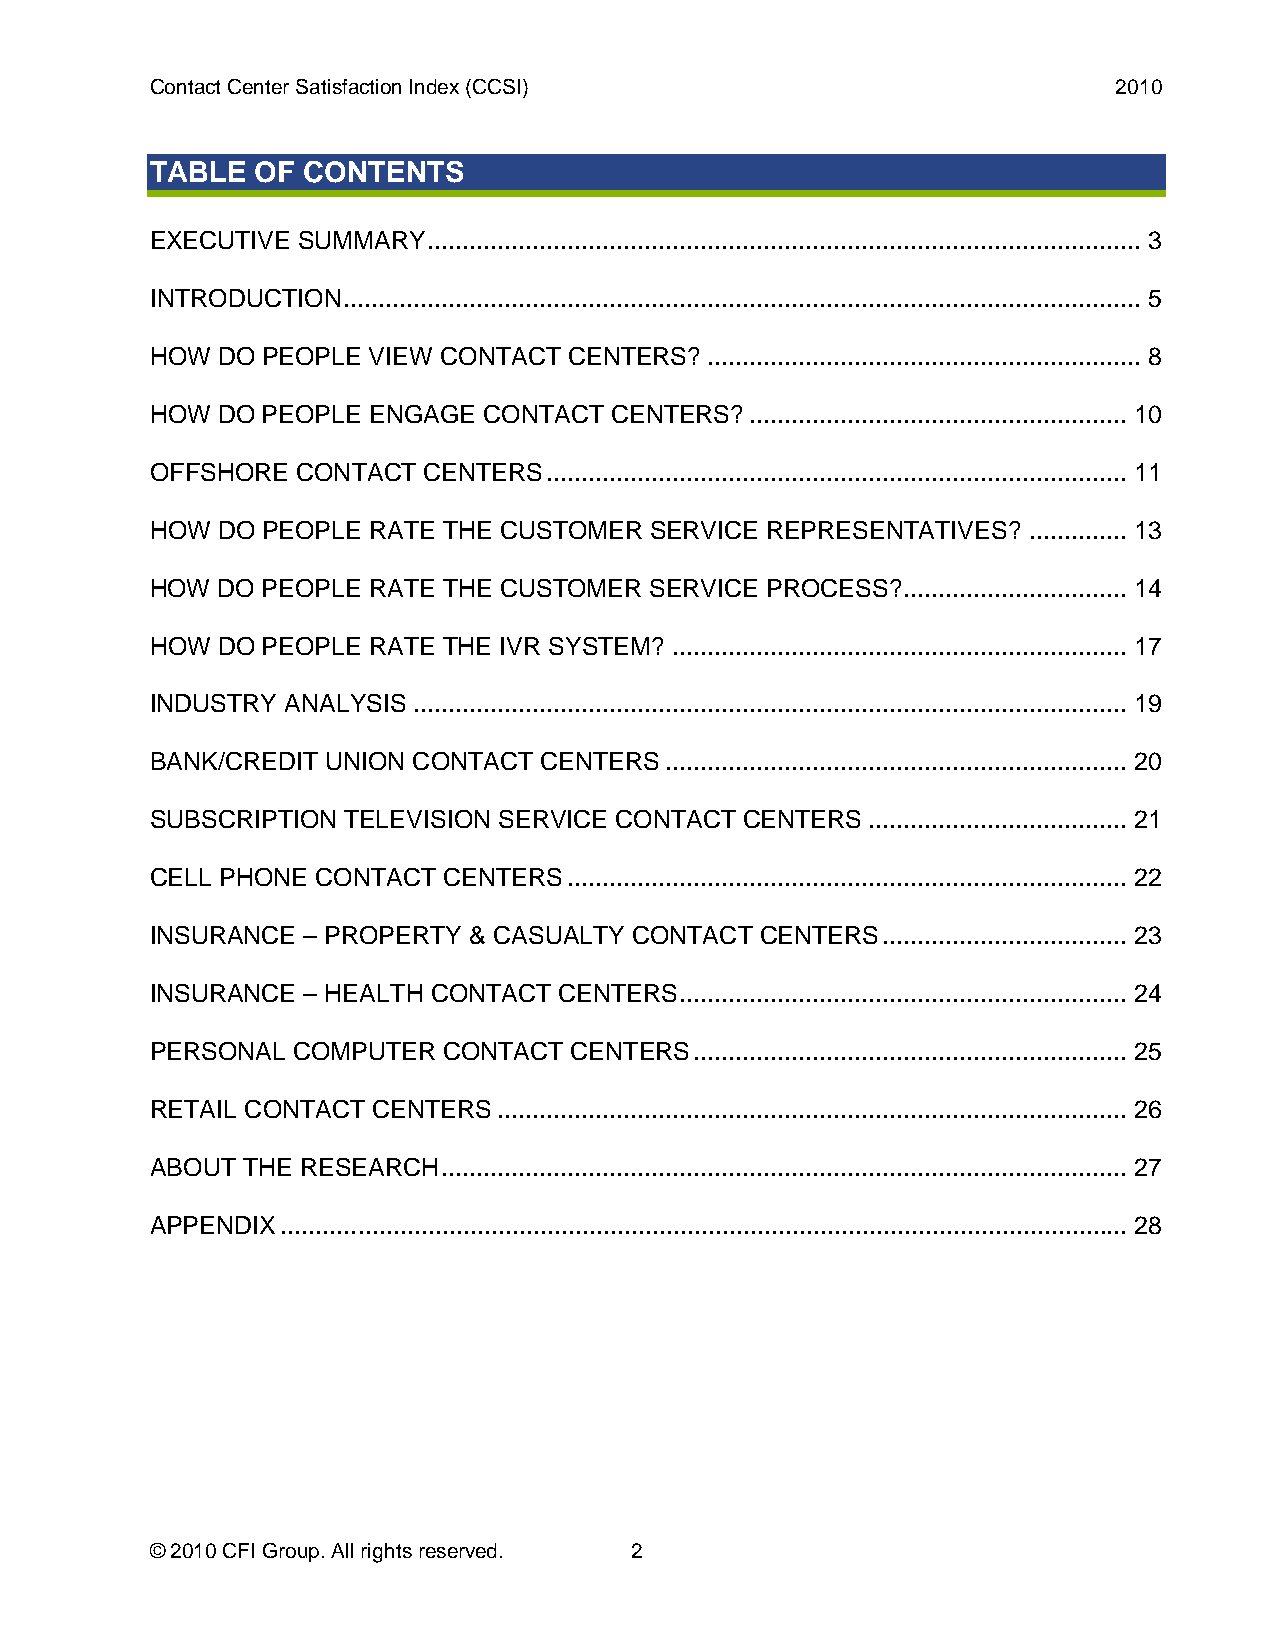
Contact Center Satisfaction Index (CCSI)                        2010
 TABLE  OF CONTENTS
 EXECUTIVE SUMMARY ...................................................................................................... 3
 INTRODUCTION .................................................................................................................. 5
 HOW DO PEOPLE VIEW CONTACT  CENTERS? .............................................................. 8
 HOW DO PEOPLE ENGAGE  CONTACT CENTERS?  ...................................................... 10
 OFFSHORE  CONTACT CENTERS ................................................................................... 11
 HOW DO PEOPLE RATE THE CUSTOMER  SERVICE REPRESENTATIVES? .............. 13
 HOW DO PEOPLE RATE THE CUSTOMER  SERVICE PROCESS? ................................ 14
 HOW DO PEOPLE RATE THE IVR SYSTEM? ................................................................. 17
 INDUSTRY ANALYSIS ...................................................................................................... 19
 BANK/CREDIT UNION CONTACT CENTERS .................................................................. 20
 SUBSCRIPTION TELEVISION SERVICE CONTACT CENTERS ..................................... 21
 CELL PHONE CONTACT CENTERS  ................................................................................ 22
 INSURANCE – PROPERTY & CASUALTY CONTACT CENTERS ................................... 23
 INSURANCE – HEALTH CONTACT CENTERS ................................................................ 24
 PERSONAL COMPUTER  CONTACT  CENTERS .............................................................. 25
 RETAIL CONTACT CENTERS .......................................................................................... 26
 ABOUT THE RESEARCH .................................................................................................. 27
 APPENDIX ......................................................................................................................... 28
 © 2010 CFI Group. All rights reserved. 2